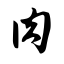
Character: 肉